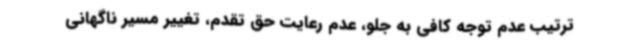
ترتیب عدم توجه کافی به جلو، عدم رعایت حق تقدم، تغییر مسیر ناگهانی